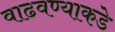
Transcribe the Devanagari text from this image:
वाढवण्याकडे